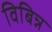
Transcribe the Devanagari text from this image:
विबिन्न